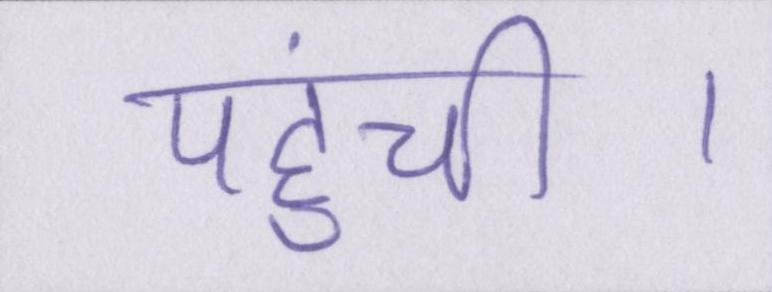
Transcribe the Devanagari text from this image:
पहुंची।